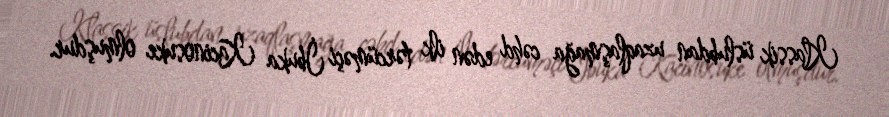
Klassik üslubdan uzaqlaşmağa cəhd edən ilk tərcüməçi İbuka Kacinosuke olmuşdur.